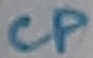
Text: CP